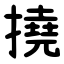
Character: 撓